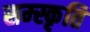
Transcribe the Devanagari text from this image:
सम्स्कृति